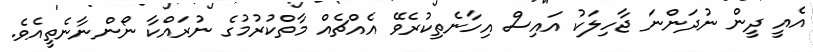
އެއީ ދީން ނުދަންނަ ޖާހިލަކު އައިސް އިހާނެތިކުރެވޭ އެއްޗެއް މާތްކުރުމުގެ ނުރައްކާ ނޯންނާނެތީއެވެ.